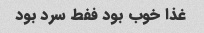
غذا خوب بود ففط سرد بود